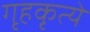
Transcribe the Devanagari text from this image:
गृहकृत्ये